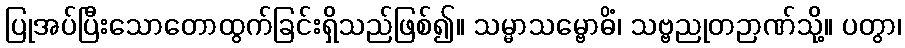
ပြုအပ်ပြီးသောတောထွက်ခြင်းရှိသည်ဖြစ်၍။ သမ္မာသမ္ဗောဓိံ၊ သဗ္ဗညုတဉာဏ်သို့။ ပတွာ၊